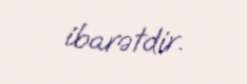
ibarətdir.